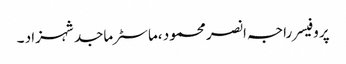
پروفیسر راجہ انصر محمود ،ماسٹر ماجد شہزاد ۔